Annual report on the working of the lock hospitals in the North-Western Provinces and Oudh
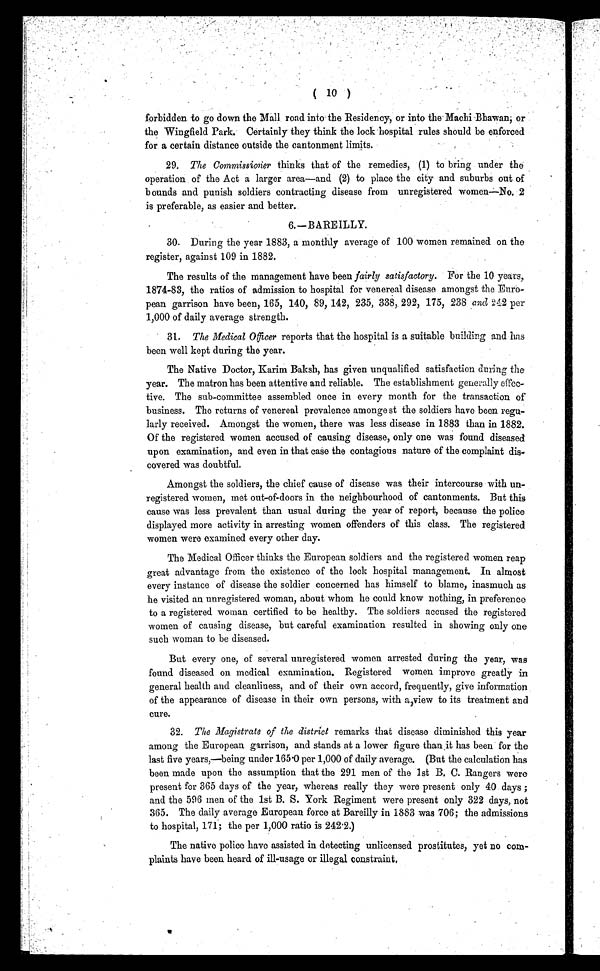
(
10 )
forbidden. to go down the Mall road into the Residency, or into the Machi Bhawan; or
the Wingfield Park. Certainly they think the lock hospital rules should be enforced
for a certain distance outside the cantonment limits.
29. The Commissioner thinks that of the remedies, (1) to bring under the
operation of the Act a larger area—and (2) to place the city and suburbs out of
bounds and punish soldiers contracting disease from unregistered women—No. 2
is preferable, as easier and better.
6.—BAREILLY.
30. During the year 1883, a monthly average of 100 women remained on the
register, against 109 in 1882.
The results of the management have been fairly satisfactory. For the 10 years,
1874-83, the ratios of admission to hospital for venereal disease amongst the Euro-
pean garrison have been, 165, 140, 89, 142, 235, 338, 292, 175, 238 and 242 per
1,000 of daily average strength.
31. The Medical Officer reports that the hospital is a suitable building and has
been well kept during the year.
The Native Doctor, Karim Baksh, has given unqualified satisfaction during the
year. The matron has been attentive and reliable. The establishment generally effec-
tive. The sub-committee assembled once in every month for the transaction of
business. The returns of venereal prevalence amonge st the soldiers have been regu-
larly received. Amongst the women, there was less disease in 1883 than in 1882.
Of the registered women accused of causing disease, only one was found diseased
upon examination, and even in that case the contagious nature of the complaint dis
- c o v e r e d w a s d o u b t f u l .
Amongst the soldiers, the chief cause of disease was their intercourse with un-
registered women, met out-of-doors in the neighbourhood of cantonments. But this
cause was less prevalent than usual during the year of report, because the police
displayed more activity in arresting women offenders of this class. The registered
women were examined every other day.
The Medical Officer thinks the European soldiers and the registered women reap
great advantage from the existence of the lock hospital management. In almost
every instance of disease the soldier concerned has himself to blame, inasmuch as
he visited an unregistered woman, about whom he could know nothing, in preference
to a registered woman certified to be healthy. The soldiers accused the registered
women of causing disease, but careful examination resulted in showing only one
such woman to be diseased.
But every one, of several unregistered women arrested during the year, was
found diseased on medical examination. Registered women improve greatly in
general health and cleanliness, and of their own accord, frequently, give information
of the appearance of disease in their own persons, with a, view to its treatment and
cure.
32. The Magistrate of the district remarks that disease diminished this year
among the European garrison, and stands at a lower figure than it has been for the
last five years,—being under 165 .0 per 1,000 of daily average. (But the calculation has
been made upon the assumption that the 291 men of the 1st B. C. Rangers were
present for 365 days of the year, whereas really they were present only 40 days ;
and the 596 men of the 1st B. S. York Regiment were present only 322 days, not
365. The daily average European force at Bareilly in 1883 was 706; the admissions
to hospital, 171; the per 1,000 ratio is 242·2.)
The native police have assisted in detecting unlicensed prostitutes, yet no com-
plaints have been heard of ill-usage or illegal constraint.